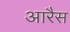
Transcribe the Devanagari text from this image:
आरैस